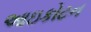
આઇકોટન